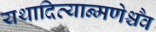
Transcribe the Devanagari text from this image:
यथादित्यान्मणेश्चैव